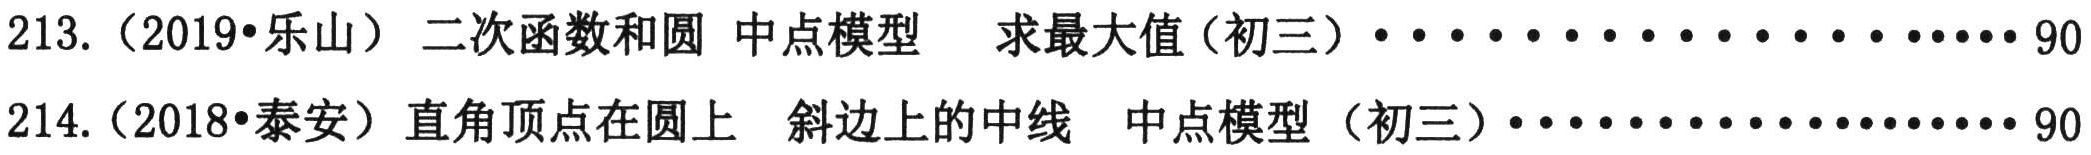
213.（2019•乐山）二次函数和圆 中点模型 求最大值（初三）····················90

214.（2018•泰安）直角顶点在圆上 斜边上的中线 中点模型（初三）····················90